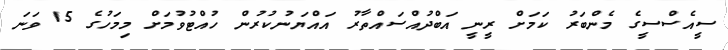
ސީއެސްސީގެ މެންބަރު ކަމަށް ރީނީ އަބްދުއްސައްތާރު އައްޔަނުކުރުން ހުއްޓުވުމަށް މިމަހުގެ 15 ވަނަ